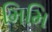
મિમિ